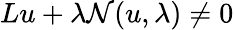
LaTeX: Lu+\lambda\mathcal{N}(u,\lambda)\neq 0